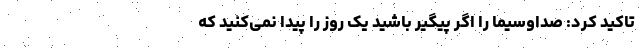
تاکید کرد: صداوسیما را اگر پیگیر باشید یک روز را پیدا نمی‌کنید که